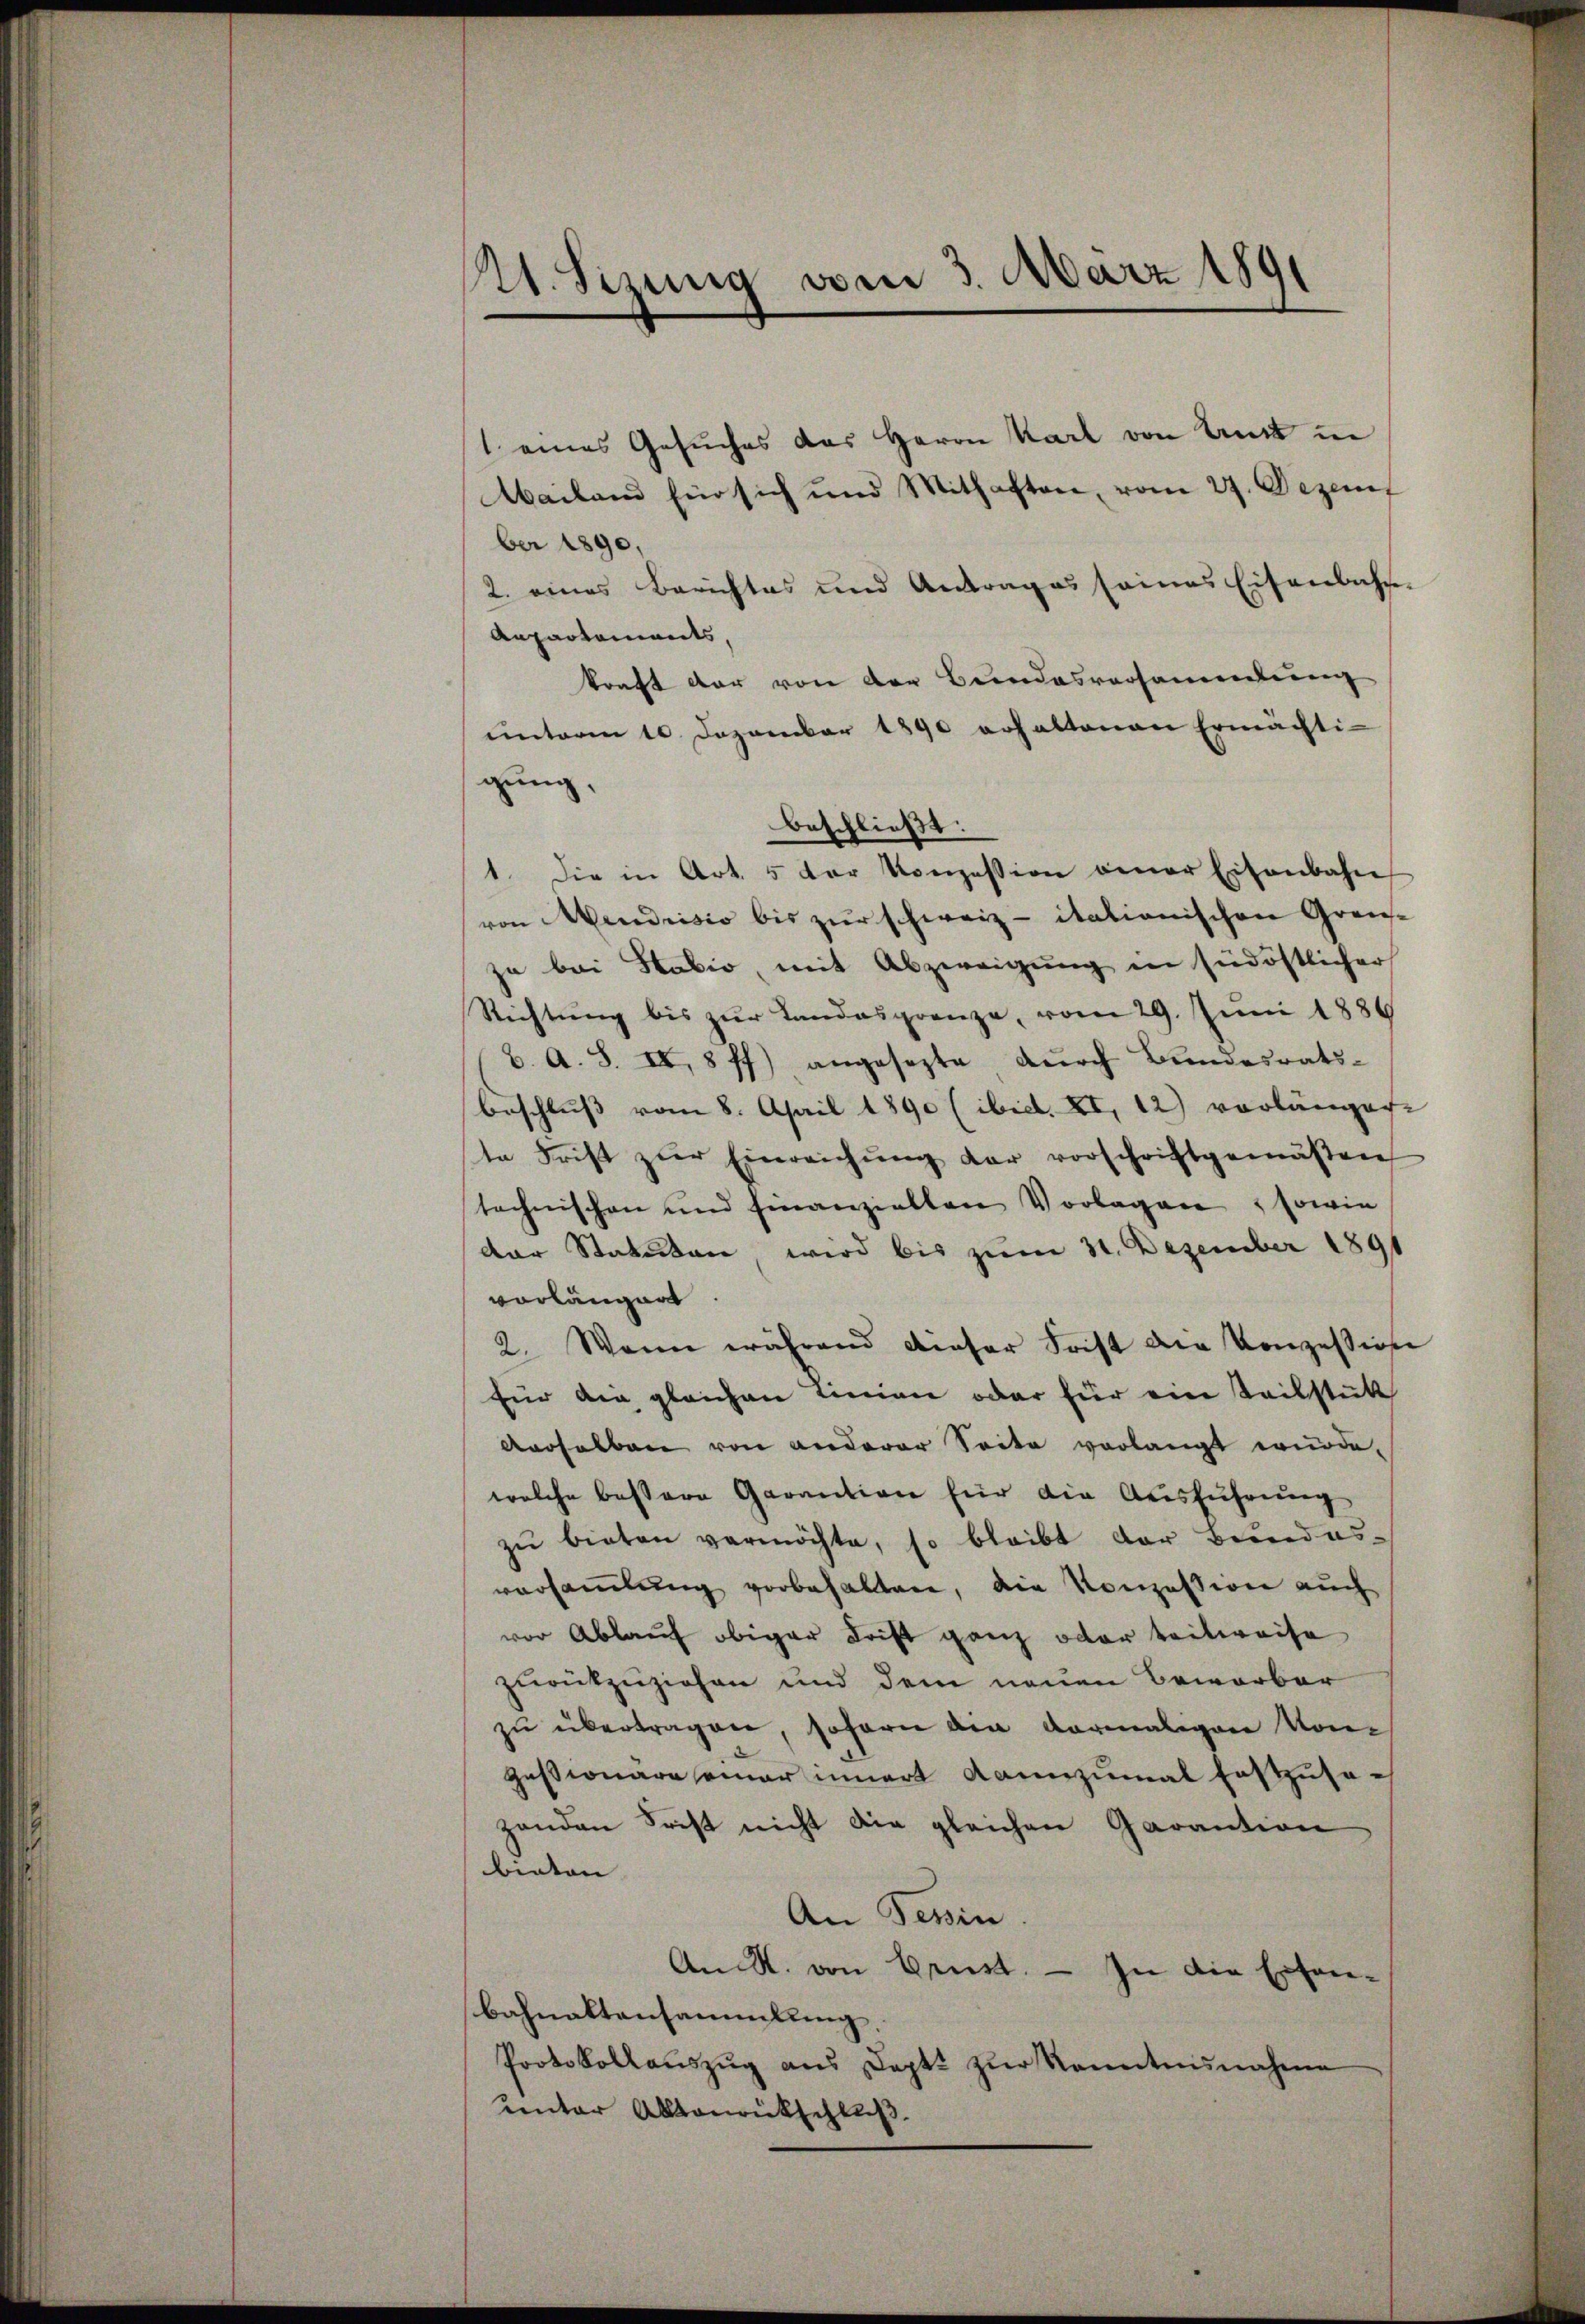
(21. Sizung vom 3. März 1891

eines Gesuches das Herrn Karl von Antt in
Mailand für sich und Mithaften, vom 27. Dezem
ber 1890,
2. eines Berichtes und Antrages seines Eisenbahn-
Anpartements,
konft der von der Bundesversammlung
unterm 10. Dezember 1890 erhaltenen Ermächti-
gung,
beschließt:
1. Die in Art. 5 der Konzession einer Eisenbahn
von Mendrisio bis zur schweiz - itationischen Gren-
zu bei Habio, mit Abzweigung in südöstlicher
Richtŭng bis zŭr Landasgrenze, vom 29. Juni 1886
b. A. S. II, 8 ff.) angesezte durch Bundesrats-
beschluß vom 8. April 1890 (ibicl. XI, 12) vorlängen.
te Frist zŭr Einreichŭng der vorschriftgemäßen
technischen und finanziellen Vorlagen, sowie
der Statuten wird bis zum 31. Dezember 1891
vorlänger
2. Wenn während dieser Frist die Konzession
fün die gleichen Linien oder für ein Teilstücke
derselben von anderer Seite vorlangt wurde.
welche bessere Garantion für die Ausführung
zŭ bieten vermöchte, so bleibt der Bundes-
versammlung vorbehalten, die Konzession auch
vor Ablauf obiger Frist ganz oder teilweise,
zurükzuziehen und dem neuen Bewerber
zu übertragen, sofern die vormaligen von
Gessionäre einer innert dannzumal festzusezenden Frist nicht die gleichen Garantion
binten
An Tessin
An R. von Brust. — In die Erfonbahnaltensammlung,
Protokollaŭszŭg aŭs Doptt zŭr Kenntnisnahme
unter Aktenrütschluß.